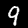
Digit: 9